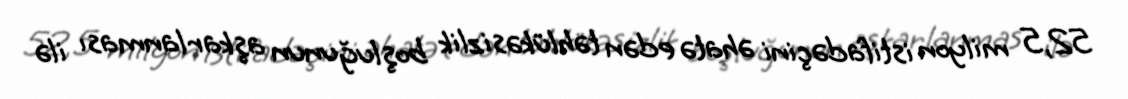
52,5 milyon istifadəçini əhatə edən təhlükəsizlik boşluğunun aşkarlanması ilə